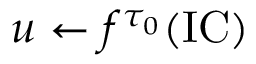
u \gets f ^ { \tau _ { 0 } } ( \mathrm { I C } )